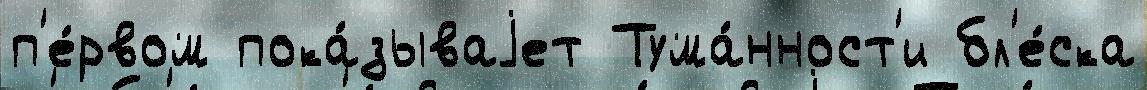
п'е́рвом пока́зываjет Тума́нност'и бл'е́ска